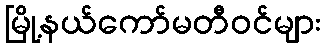
မြို့နယ်ကော်မတီဝင်များ